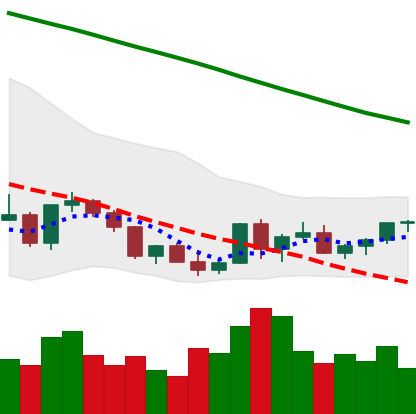
Ticker: XLM-USD
Chart end date: 2022-03-17
Forward return: 9.214%
Label: up_7plus